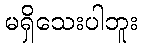
မရှိသေးပါဘူး